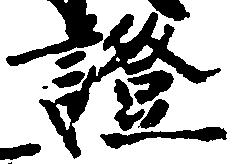
証